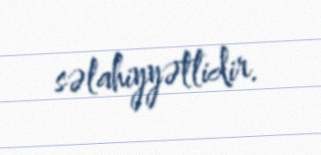
səlahiyyətlidir.